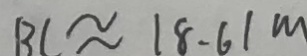
B C \approx 1 8 . 6 1 m